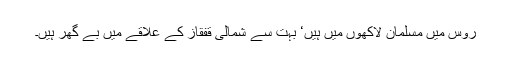
روس میں مسلمان لاکھوں میں ہیں‘ بہت سے شمالی قفقاز کے علاقے میں بے گھر ہیں۔